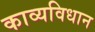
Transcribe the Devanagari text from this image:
काव्यविधान